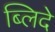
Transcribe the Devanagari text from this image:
ब्लिदे